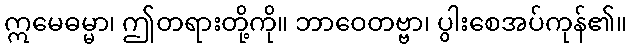
ဣမေဓမ္မာ၊ ဤတရားတို့ကို။ ဘာဝေတဗ္ဗာ၊ ပွါးစေအပ်ကုန်၏။